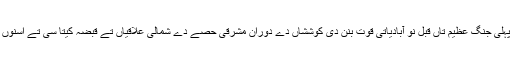
مغربی حصہ ولندیزیاں دے زیر قبضہ شرق الہند دی نو آبادی دا حصہ سی جبکہ جرمناں نے پہلی جنگ عظیم تاں قبل نو آبادیاتی قوت بنن دی کوششاں دے دوران مشرقی حصے دے شمالی علاقیاں تے قبضہ کیتا سی تے اسنوں جرمن نیو گنی دا نام دتا سی جبکہ مشرقی حصے دا جنوبی علاقہ برطانیہ دے زیر نگیں رہیا۔